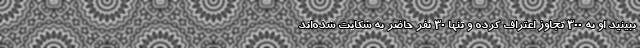
ببینید او به 300 تجاوز اعتراف کرده و تنها 30 نفر حاضر به شکایت شده‌اند